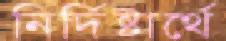
নির্দিষ্টার্থে